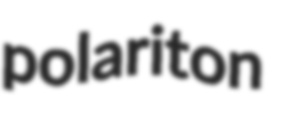
polariton